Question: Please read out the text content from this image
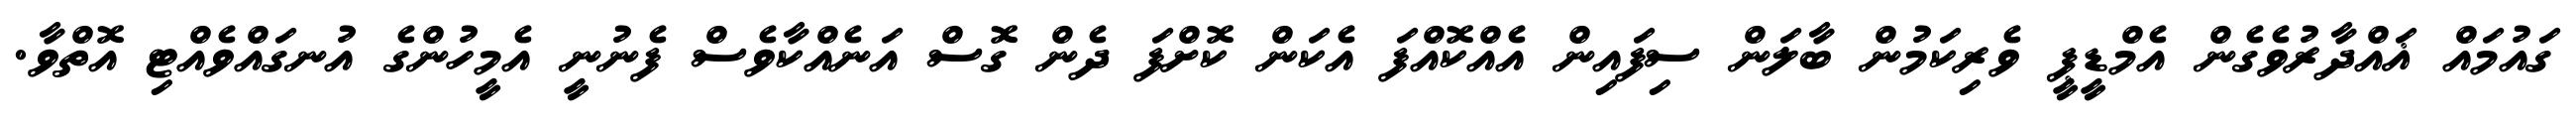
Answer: ގައުމައް ޣައްދާރުވެގެން އެމްޑީޕީ ވެރިކަމުން ބާލަން ސިފައިން އެއްކޮއްފަ އެކަން ކޮށްފަ ދެން ގޮސް އަނެއްކާވެސް ފެނުނީ އެމީހުންގެ އުނގައްވެއްޓި އޮތްވާ.